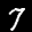
Label: 7